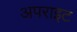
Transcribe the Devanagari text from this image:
अपराइट